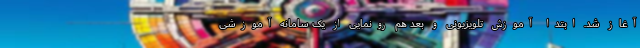
آغاز شد. ابتدا آموزش تلویزیونی و بعد هم رونمایی از یک سامانه آموزشی